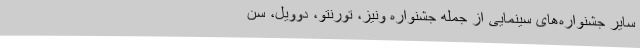
سایر جشنواره‌های سینمایی از جمله جشنواره ونیز، تورنتو، دوویل، سن